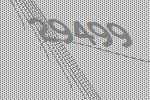
29499